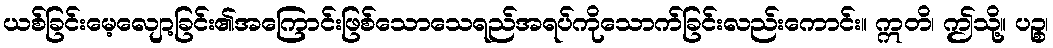
ယစ်ခြင်းမေ့လျော့ခြင်း၏အကြောင်းဖြစ်သောသေရည်အရပ်ကိုသောက်ခြင်းလည်းကောင်း။ ဣတိ၊ ဤသို့။ ပဉ္စ၊